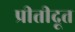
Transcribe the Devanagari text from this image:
प्रीतीदूत